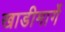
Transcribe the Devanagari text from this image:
खाडीमार्गे